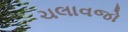
ચલાવજો